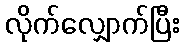
လိုက်လျှောက်ပြီး